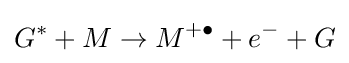
G^{*}+M\to M^{+\bullet }+e^{-}+G